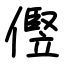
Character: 㒘